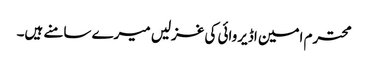
محترم امین اڈیروائی کی غزلیں میرے سامنے ہیں۔